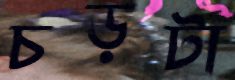
চড়টা